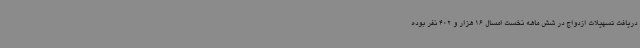
دریافت تسهیلات ازدواج در شش ماهه نخست امسال 16 هزار و 402 نفر بوده